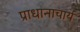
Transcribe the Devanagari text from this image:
प्राधानाचार्य